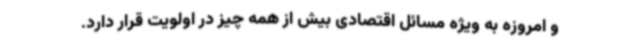
و امروزه به ویژه مسائل اقتصادی بیش از همه چیز در اولویت قرار دارد.